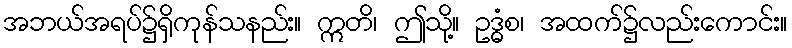
အဘယ်အရပ်၌ရှိကုန်သနည်း။ ဣတိ၊ ဤသို့။ ဥဒ္ဓံစ၊ အထက်၌လည်းကောင်း။